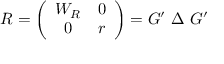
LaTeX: R = \left( \begin{array} { c c } { { W _ { R } } } & { { 0 } } \\ { { 0 } } & { { r } } \end{array} \right) = G ^ { \prime } ~ \Delta ~ G ^ { \prime }